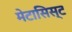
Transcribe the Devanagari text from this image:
मेटासिस्ट